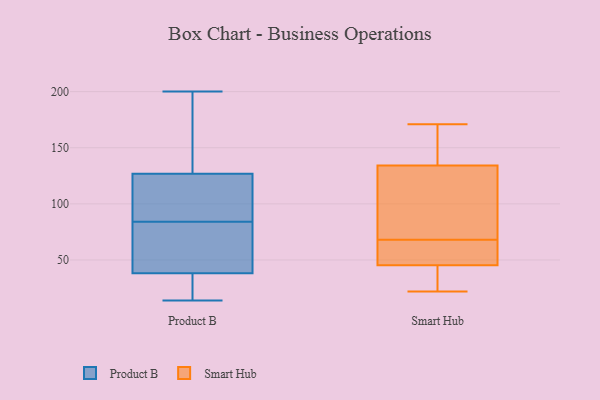
{"axis": {"x": "Waste Production (Tons)", "y": "Value"}, "legend": ["Product B", "Smart Hub"], "data": [{"x": "", "y": 110, "type": "Product B"}, {"x": "", "y": 37, "type": "Product B"}, {"x": "", "y": 57, "type": "Product B"}, {"x": "", "y": 200, "type": "Product B"}, {"x": "", "y": 136, "type": "Product B"}, {"x": "", "y": 120, "type": "Product B"}, {"x": "", "y": 187, "type": "Product B"}, {"x": "", "y": 129, "type": "Product B"}, {"x": "", "y": 84, "type": "Product B"}, {"x": "", "y": 103, "type": "Product B"}, {"x": "", "y": 50, "type": "Product B"}, {"x": "", "y": 36, "type": "Product B"}, {"x": "", "y": 42, "type": "Product B"}, {"x": "", "y": 84, "type": "Product B"}, {"x": "", "y": 20, "type": "Product B"}, {"x": "", "y": 14, "type": "Product B"}, {"x": "", "y": 50, "type": "Product B"}, {"x": "", "y": 34, "type": "Product B"}, {"x": "", "y": 130, "type": "Product B"}, {"x": "", "y": 22, "type": "Smart Hub"}, {"x": "", "y": 171, "type": "Smart Hub"}, {"x": "", "y": 54, "type": "Smart Hub"}, {"x": "", "y": 68, "type": "Smart Hub"}, {"x": "", "y": 68, "type": "Smart Hub"}, {"x": "", "y": 73, "type": "Smart Hub"}, {"x": "", "y": 143, "type": "Smart Hub"}, {"x": "", "y": 141, "type": "Smart Hub"}, {"x": "", "y": 28, "type": "Smart Hub"}, {"x": "", "y": 46, "type": "Smart Hub"}, {"x": "", "y": 84, "type": "Smart Hub"}, {"x": "", "y": 45, "type": "Smart Hub"}, {"x": "", "y": 34, "type": "Smart Hub"}, {"x": "", "y": 152, "type": "Smart Hub"}, {"x": "", "y": 114, "type": "Smart Hub"}]}